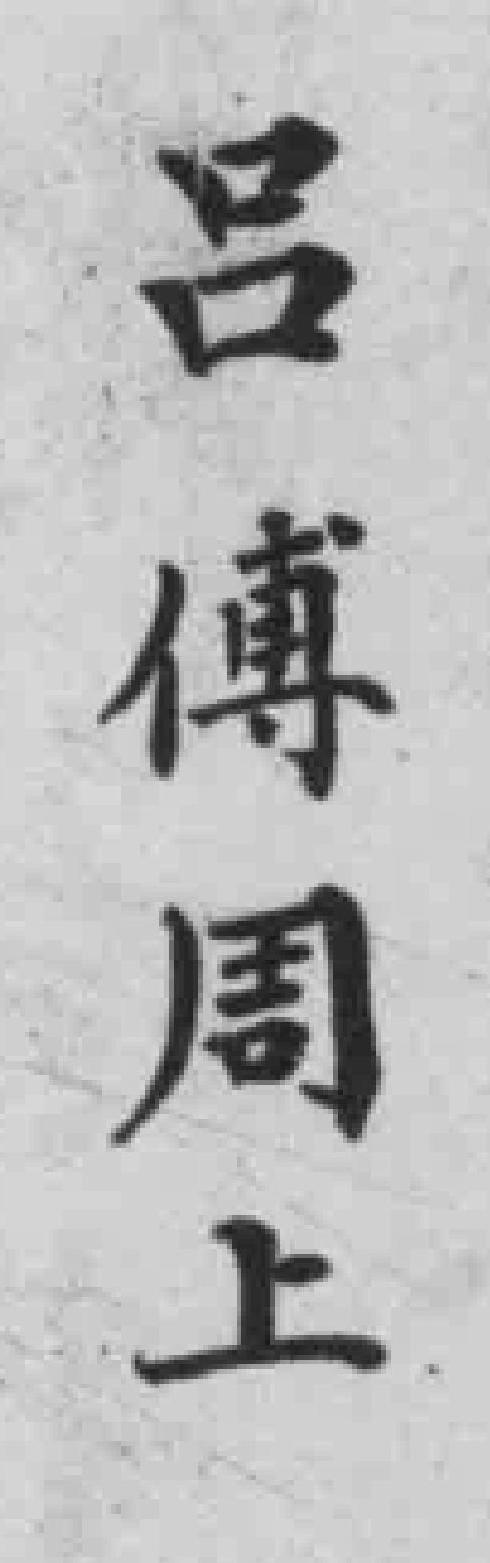
吕傅周上